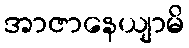
အာဇာနေယျာမိ